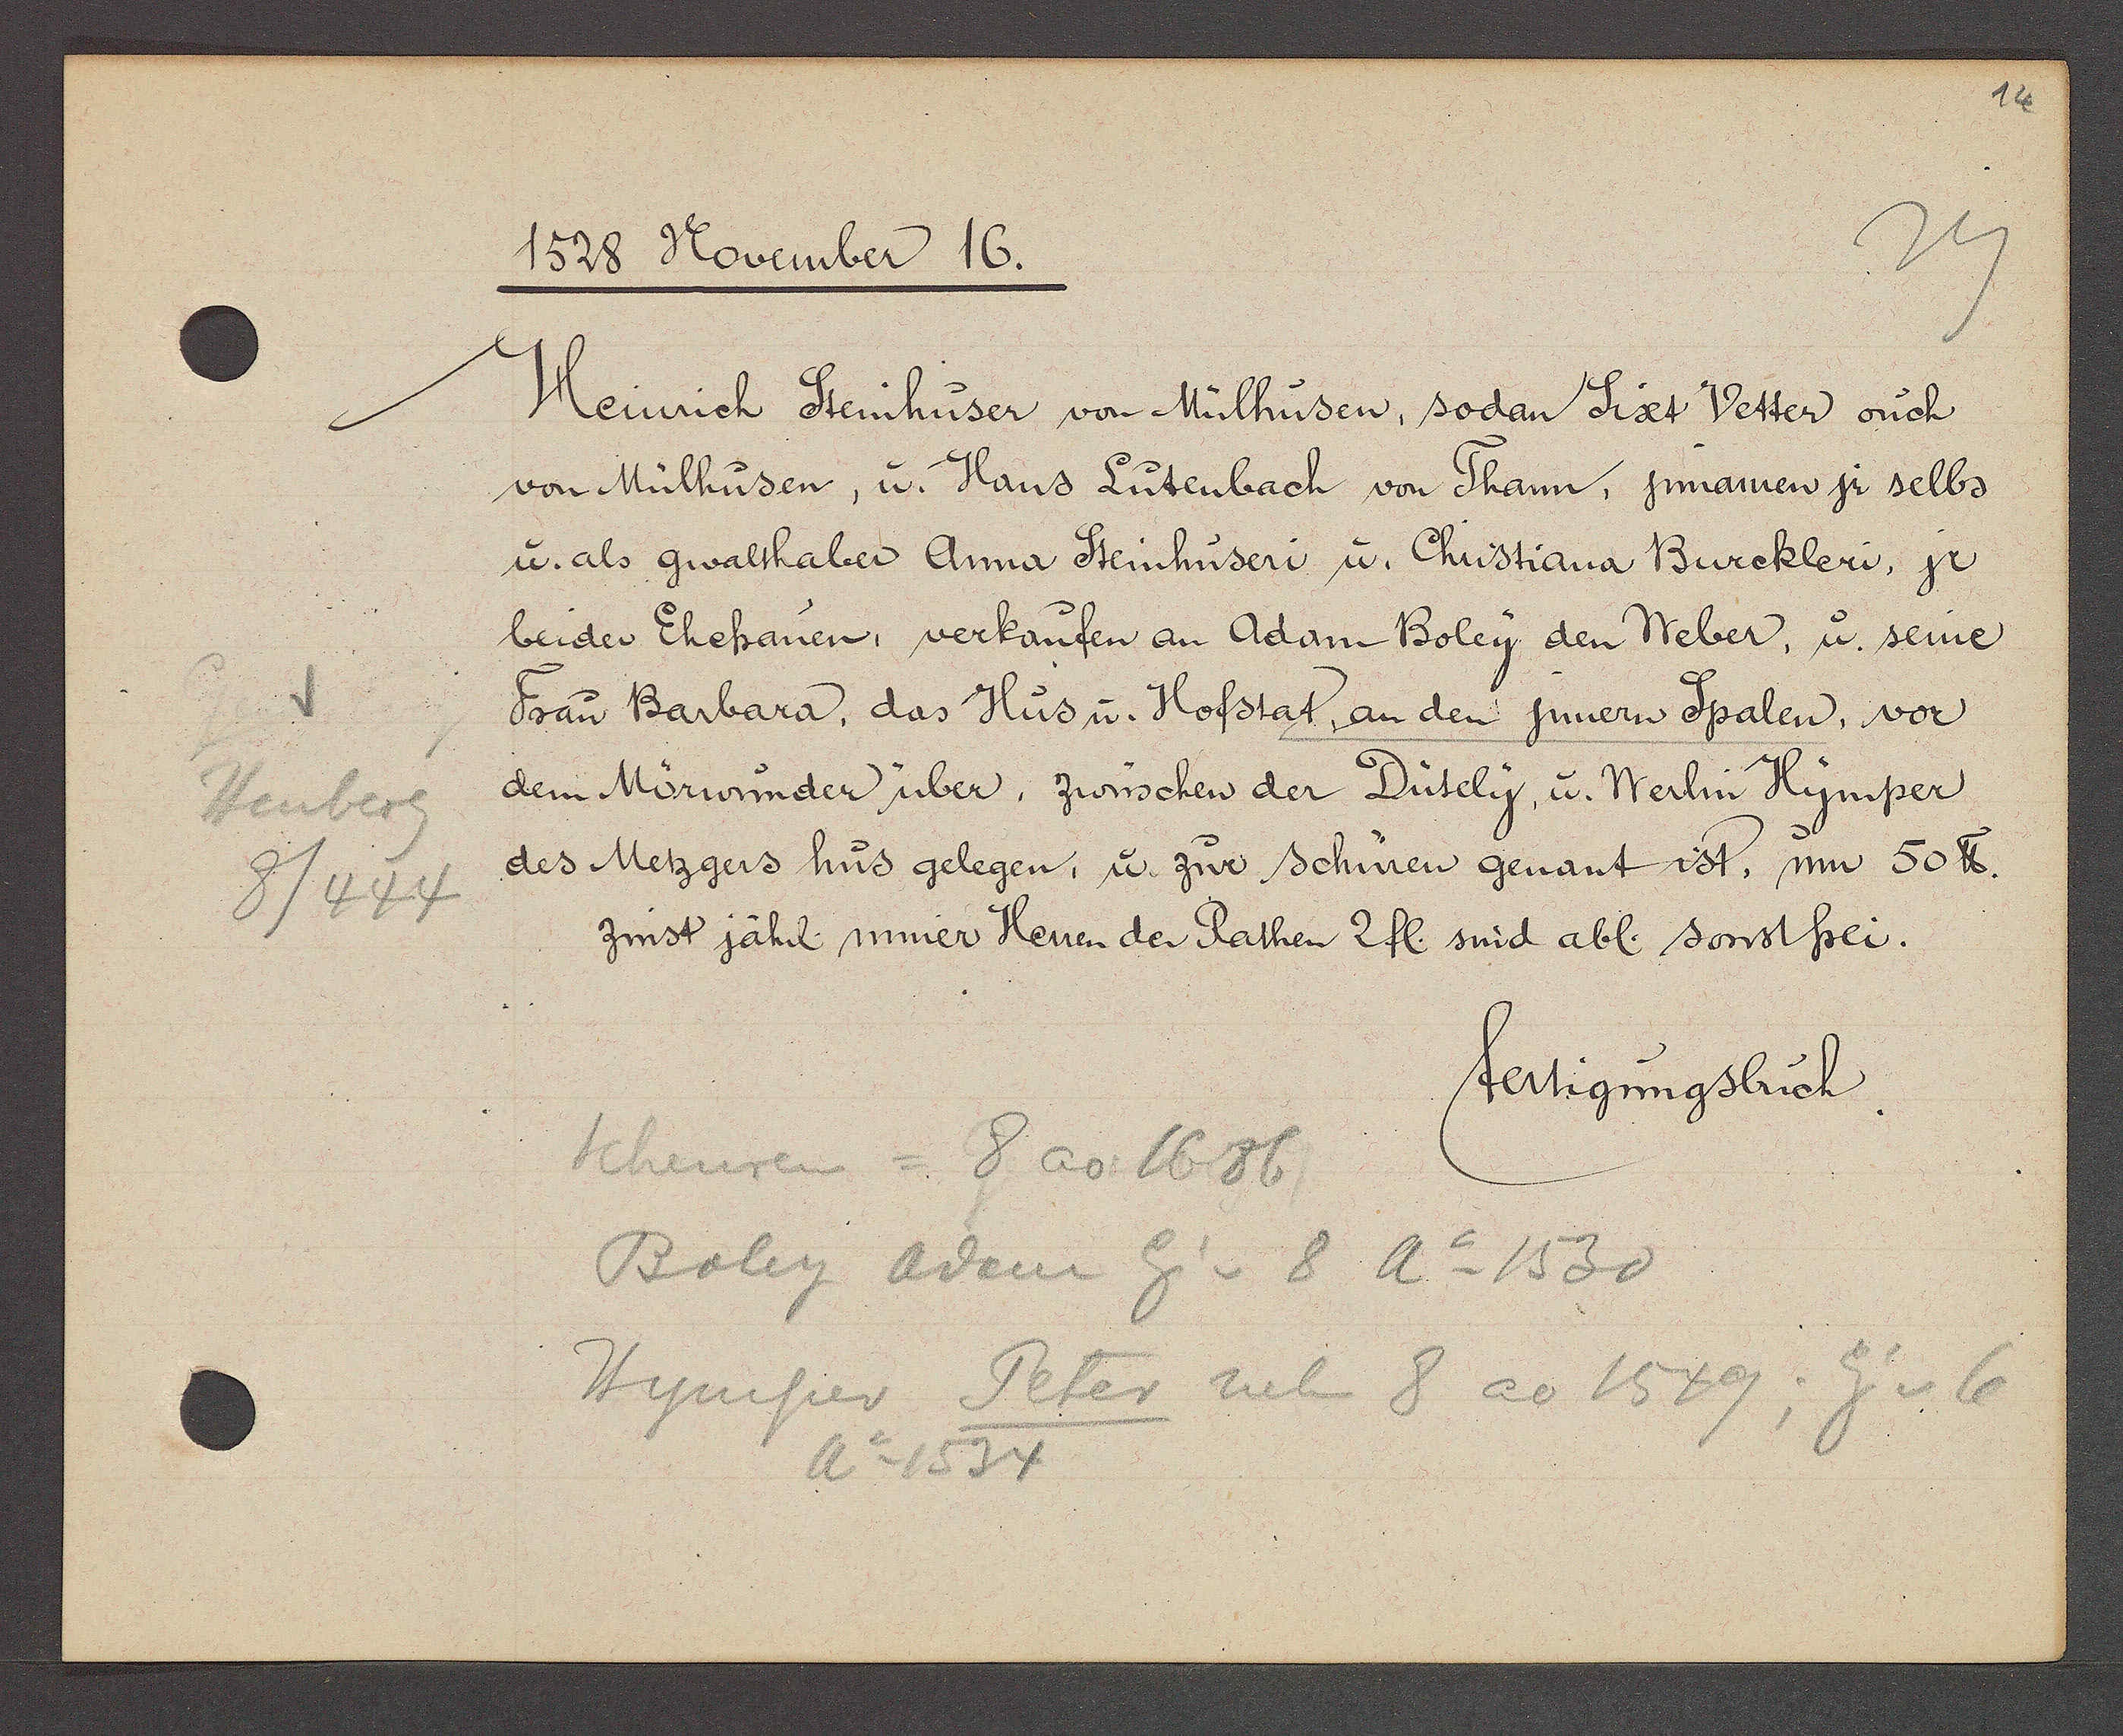
Transcript:
Heuberg
8/444

1528 November 16.

Heinrich Steinhuser von Mülhusen, sodan Sixt Vetter ouch
von Mülhusen, u. Hans Lutenbach von Thann, jnnamen jr selbs
u. als gwalthaber Anna Steinhuseri u. Christiana Burckleri, jr
beider Ehefrauen, verkaufen an Adam Boley den Weber, u. seine
Frau Barbara, das Hus u. Hofstat, an den jnnern Spalen, vor
dem Mörwunder über, zwüschen der Dütely, u. Werlin Hymper,
des Metzgers hus gelegen, u. zur schüren genant ist, um 50 ℔.
zinst jährl miner Herren der Rathen 2 fl. sind abl. sonst frei.

fertigungsbuch.

Scheuren = 8 ao 1686
Boley adam Eig v 8 Ao 1530
Hymper Peter neben 8 ao 1549; Eig v 6
Ao 1534